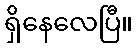
ရှိနေလေပြီ။